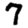
Digit: 7